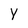
Character: Y